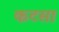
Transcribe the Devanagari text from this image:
कटसा